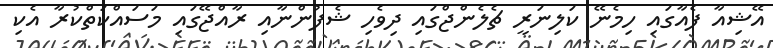
އޭޝިއާ ފެއާގައި ހިމެނޭ ކަލިނަރީ ޗެލެންޖްގައި ދިވެހި ޝެފުންނާއި ރާއްޖޭގައި މަސައްކަތްކުރާ އެކި